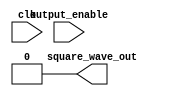
module tone_generator (
    input output_enable,
    input clk,
    output square_wave_out
);
    reg [0:0] clock_counter;

    assign square_wave_out = 1'b0;
endmodule